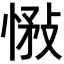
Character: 𢝠